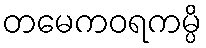
တမေကဝရကမ္ပိ